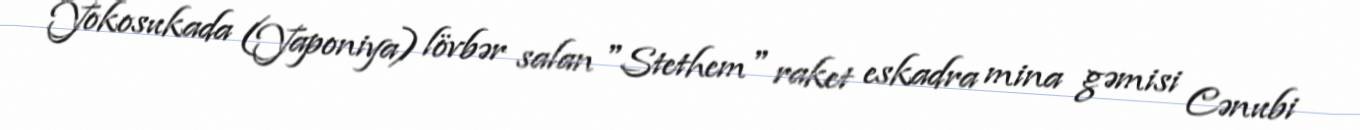
Yokosukada (Yaponiya) lövbər salan "Stethem" raket eskadra mina gəmisi Cənubi